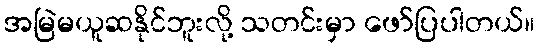
အမြဲမယူဆနိုင်ဘူးလို့ သတင်းမှာ ဖော်ပြပါတယ်။